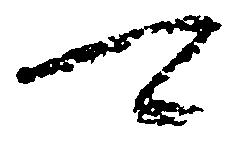
可